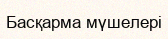
Басқарма мүшелері